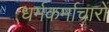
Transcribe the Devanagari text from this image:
धर्मकर्माचारों